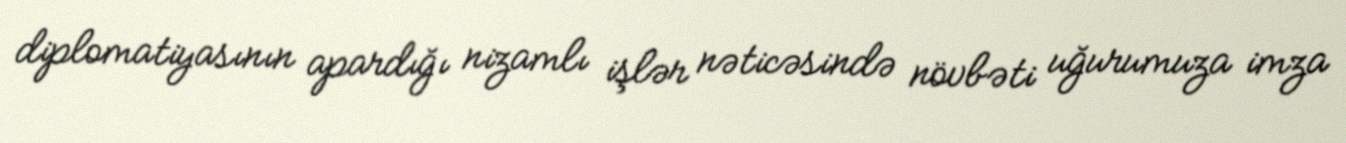
diplomatiyasının apardığı nizamlı işlər nəticəsində növbəti uğurumuza imza